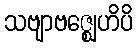
သဗျာဗဇ္ဈေဟိပိ